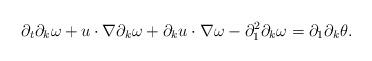
LaTeX: \begin{align*}\partial_t \partial_k\omega+u\cdot\nabla \partial_k\omega+ \partial_ku\cdot\nabla \omega-\partial_1^2\partial_k\omega=\partial_1\partial_k\theta.\end{align*}